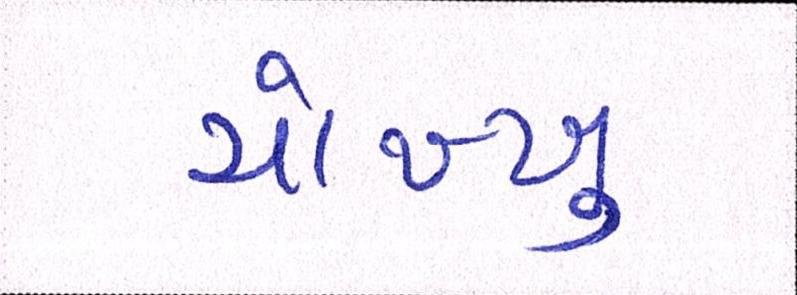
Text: ચોખ્ખુ